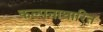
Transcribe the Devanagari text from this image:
कल्पनाधारित